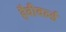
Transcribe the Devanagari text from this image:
हैवीवर्ल्ड